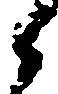
々